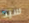
سيد